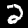
Digit: 2